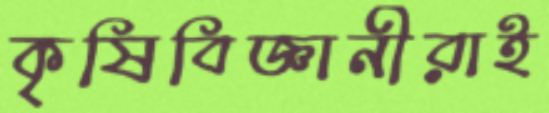
কৃষিবিজ্ঞানীরাই